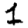
Digit: 1